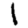
Digit: 1